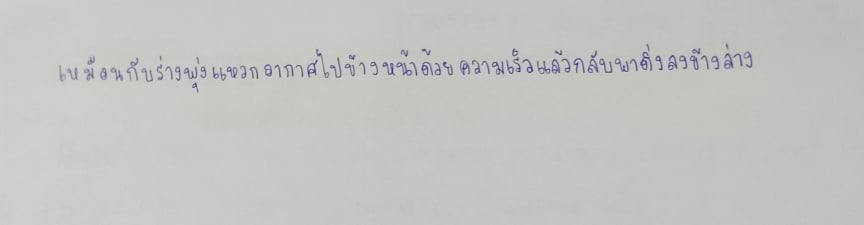
เหมือนกับร่างพุ่งแหวกอากาศไปข้างหน้าด้วยความเร็วแล้วกลับพาดิ่งลงข้างล่าง